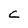
Character: C